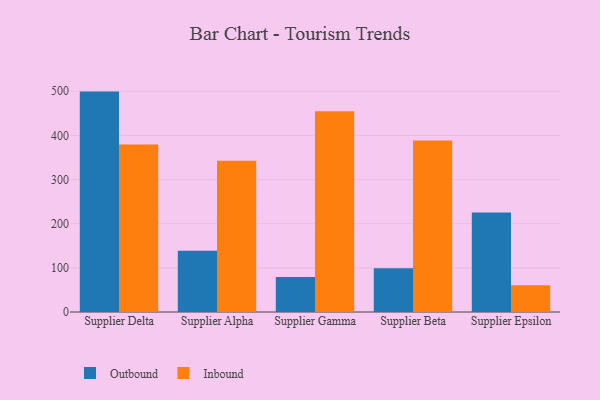
{"axis": {"x": "Supplier", "y": "Energy Usage (MWh)"}, "legend": ["Inbound", "Outbound"], "data": [{"x": "Supplier Delta", "y": 499.2, "type": "Outbound"}, {"x": "Supplier Delta", "y": 379.6, "type": "Inbound"}, {"x": "Supplier Alpha", "y": 139.0, "type": "Outbound"}, {"x": "Supplier Alpha", "y": 342.7, "type": "Inbound"}, {"x": "Supplier Gamma", "y": 79.3, "type": "Outbound"}, {"x": "Supplier Gamma", "y": 454.5, "type": "Inbound"}, {"x": "Supplier Beta", "y": 98.9, "type": "Outbound"}, {"x": "Supplier Beta", "y": 388.3, "type": "Inbound"}, {"x": "Supplier Epsilon", "y": 225.4, "type": "Outbound"}, {"x": "Supplier Epsilon", "y": 60.6, "type": "Inbound"}]}